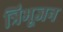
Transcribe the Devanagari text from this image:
त्रिभूजन